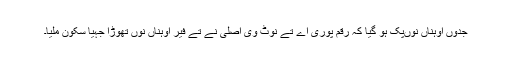
جدوں اوہناں نوںپک ہو گیا کہ رقم پوری اے تے نوٹ وی اصلی نے تے فیر اوہناں نوں تھوڑا جہیا سکون ملیا۔